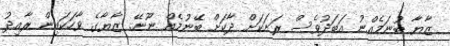
ޒާޔާ ބުނަމެއްނު އަބަދުވެސް ރަށަކަށް ދާކަށް ބޭނުމެއް ނޫނޭ. ޒާޔާގެ ވާހަކައިން ރާއިދު